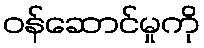
ဝန်ဆောင်မှုကို